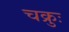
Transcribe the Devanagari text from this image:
चक्रुः